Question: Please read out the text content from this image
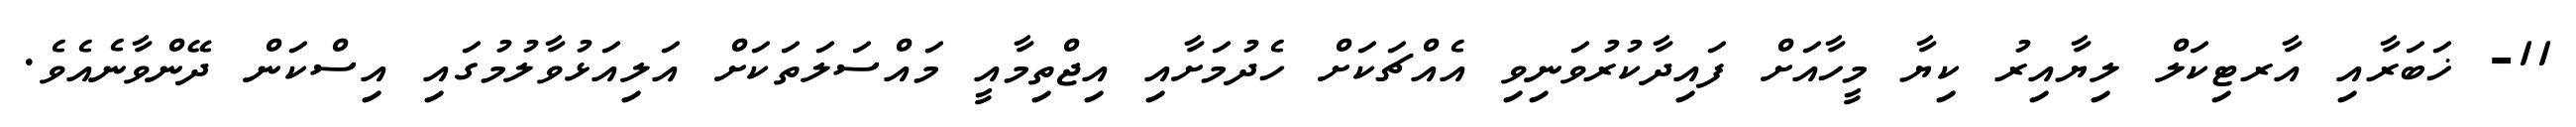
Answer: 11- ޚަބަރާއި އާރޓިކަލް ލިޔާއިރު ކިޔާ މީހާއަށް ފައިދާކުރުވަނިވި އެއްޗަކަށް ހެދުމަށާއި އިޖްތިމާއީ މައްސަލަތަކަށް އަލިއަޅުވާލުމުގައި އިސްކަން ދޭންވާނެއެވެ.